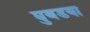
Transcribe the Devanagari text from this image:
घुबडया